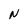
Character: N